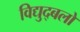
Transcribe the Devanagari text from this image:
विद्युद्बलों